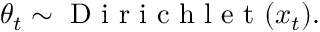
\boldsymbol { \theta } _ { t } \sim \mathrm { ~ D ~ i ~ r ~ i ~ c ~ h ~ l ~ e ~ t ~ } ( \boldsymbol x _ { t } ) .